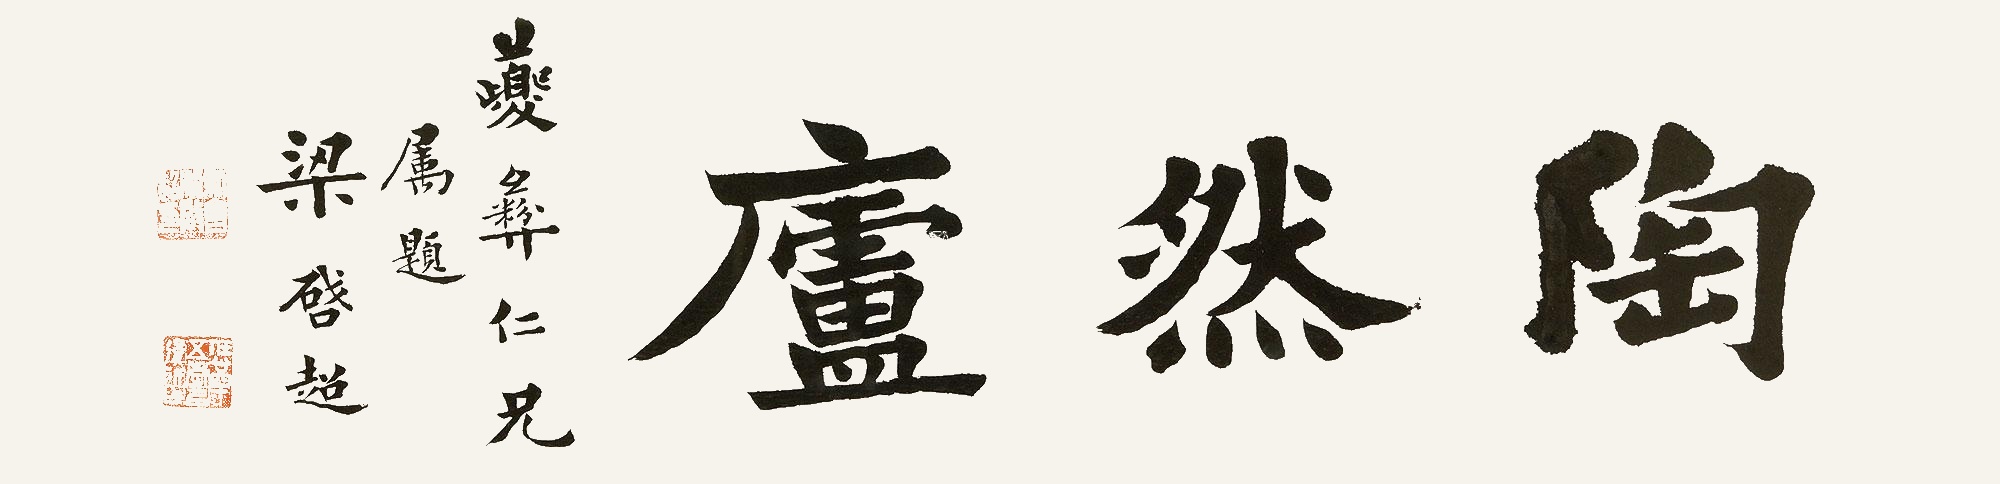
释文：陶然庐夔彝仁兄属题。梁启超。